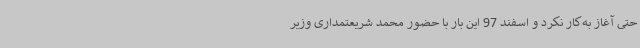
حتی آغاز به‌کار نکرد و اسفند 97 این بار با حضور محمد شریعتمداری وزیر